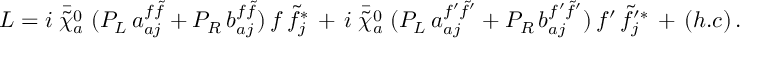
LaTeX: { \cal L } = i \; { \bar { { \tilde { \chi } } _ { a } ^ { 0 } } } \; ( { \cal P } _ { L } \, a _ { a j } ^ { { f } { \tilde { f } } } + { \cal P } _ { R } \, b _ { a j } ^ { { f } { \tilde { f } } } ) \, { f } \, { \tilde { f } } _ { j } ^ { * } \, + \, i \; { \bar { { \tilde { \chi } } _ { a } ^ { 0 } } } \; ( { \cal P } _ { L } \, a _ { a j } ^ { { f ^ { \prime } } { \tilde { f } } ^ { \prime } } + { \cal P } _ { R } \, b _ { a j } ^ { { f ^ { \prime } } { \tilde { f } } ^ { \prime } } ) \, { f ^ { \prime } } \, { \tilde { f } } _ { j } ^ { \prime * } \, + \, ( h . c ) \, .